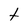
Character: t